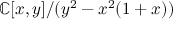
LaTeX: \mathbb { C } [ x , y ] / ( y ^ { 2 } - x ^ { 2 } ( 1 + x ) )